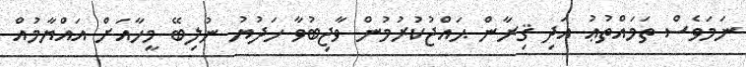
ނަމަވެސް ތަމައްތުޢު އަދި ޤިރާން ޙައްޖުކުރުމުން ވާޖިބުވާ ހަދުޔު ނުލިބޭ މީހާއަށް އައްޔާމުއް